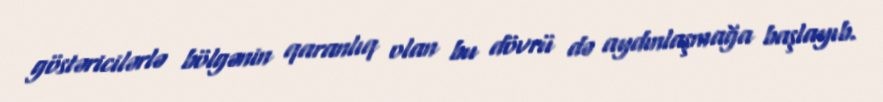
göstəricilərlə bölgənin qaranlıq olan bu dövrü də aydınlaşmağa başlayıb.